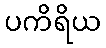
ပကိရိယ